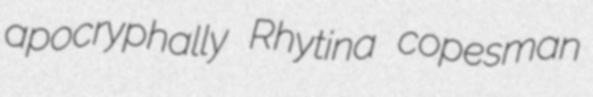
apocryphally Rhytina copesman